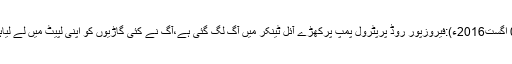
08 اگست2016ء):فیروزپور روڈ پرپٹرول پمپ پرکھڑے آئل ٹینکر میں آگ لگ گئی ہے،آگ نے کئی گاڑیوں‌ کو اپنی لپیٹ میں لے لیاہے۔